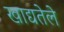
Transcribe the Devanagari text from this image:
खाद्यतेले